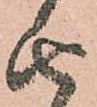
由